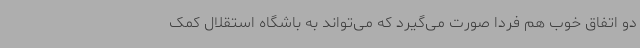
دو اتفاق خوب هم فردا صورت می‌گیرد که می‌تواند به باشگاه استقلال کمک